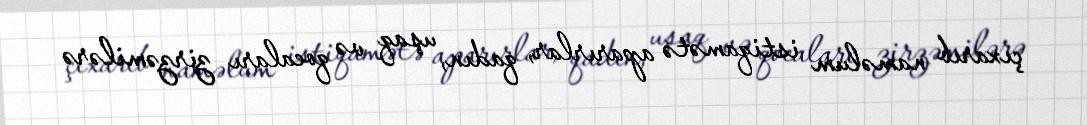
çıxarıb naməlum istiqamətə aparırlar, qadın, uşaq və qocaları zirzəmilərə